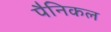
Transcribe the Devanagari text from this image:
पैनिकल